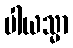
ပါယသ္မာ